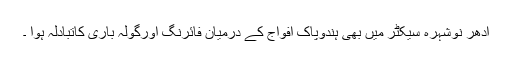
ادھر نوشہرہ سیکٹر میں بھی ہندوپاک افواج کے درمیان فائرنگ اورگولہ باری کاتبادلہ ہوا ۔